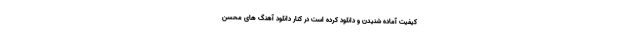
کیفیت آماده شنیدن و دانلود کرده است در کنار دانلود آهنگ های محسن